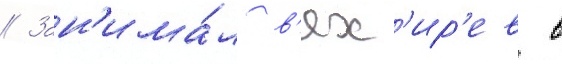
// Зан'има́л в'ях'ир'ев в